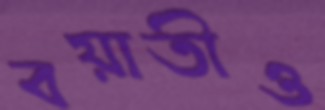
বয়াতীও